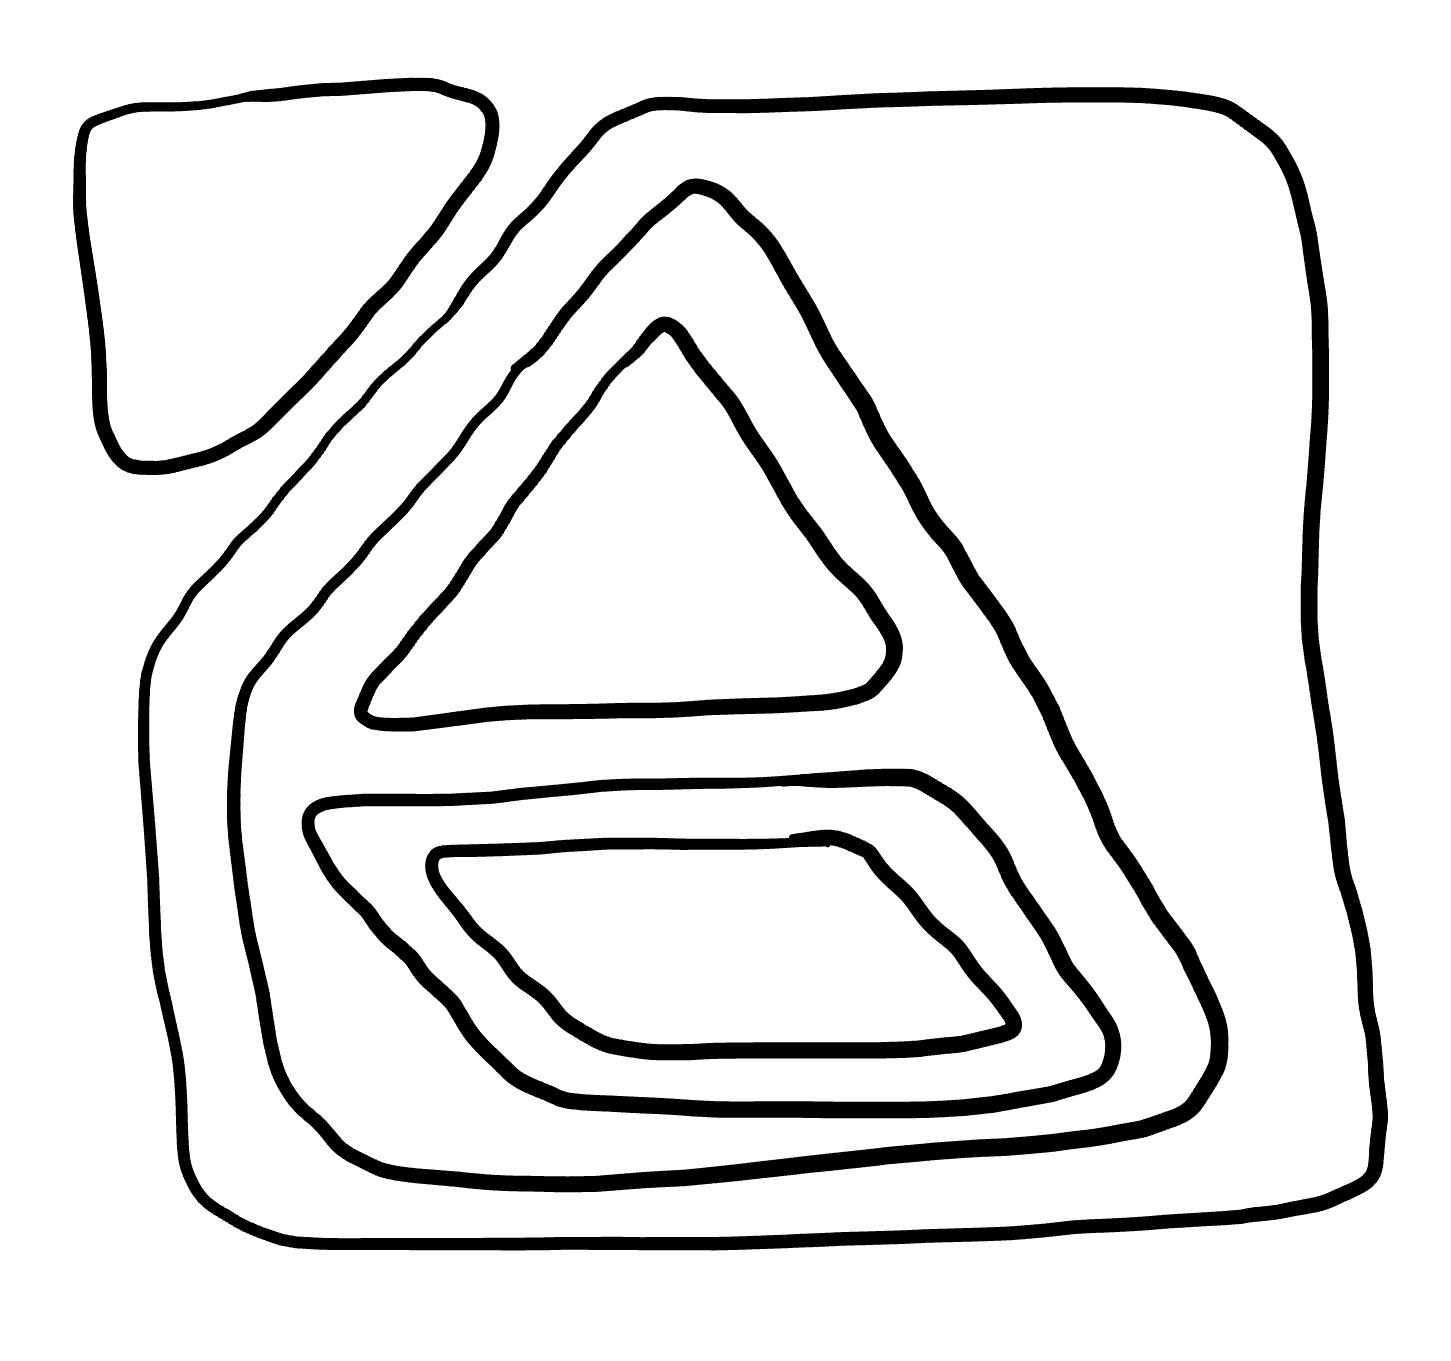
Number of regions (including the outer root region): 7
Containment tree edges (parent, child): 0, 1, 0, 6, 1, 2, 2, 3, 2, 5, 3, 4